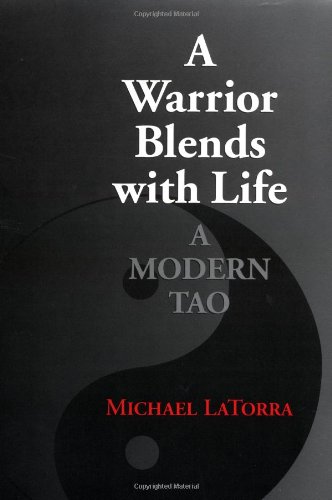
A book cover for A Warrior Blends with Life: A Modern Tao; Michael LaTorra; Religion & Spirituality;